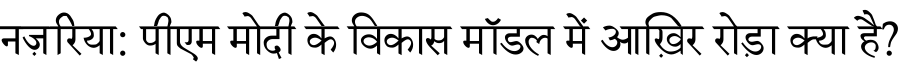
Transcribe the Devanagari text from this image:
नज़रिया: पीएम मोदी के विकास मॉडल में आख़िर रोड़ा क्या है?